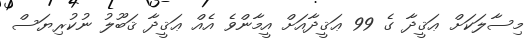
މިސާލަކަށް ޢަޤީދާ ގެ 99 ޢަޤީދާއަށް އީމާންވެ އެއް ޢަޤީދާ ޤަބޫލު ނުކުރިޔަސް